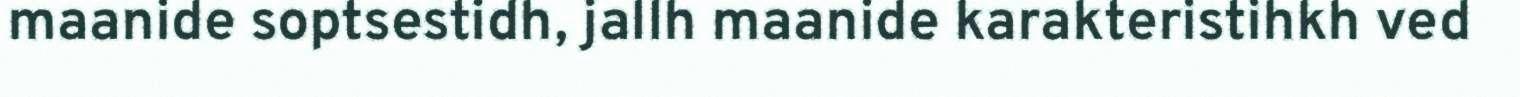
maanide soptsestidh, jallh maanide karakteristihkh ved